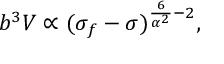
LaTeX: { b ^ { 3 } V \propto ( \sigma _ { f } - \sigma ) ^ { \frac { 6 } { \alpha ^ { 2 } } - 2 } , }